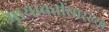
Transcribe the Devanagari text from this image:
मायावतींसारख्या